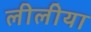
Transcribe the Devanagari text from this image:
लीलीया